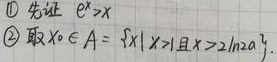
\textcircled{1} 先证 \(e^{x}>x\)
\textcircled{2} 取 \(x_{0}\in A = \{x|x > 1且x\geq2\ln2a\}\) 。